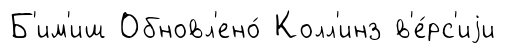
Б'им'иш Обновл'ено́ Колл'инз в'е́рс'иjи